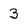
Character: 3